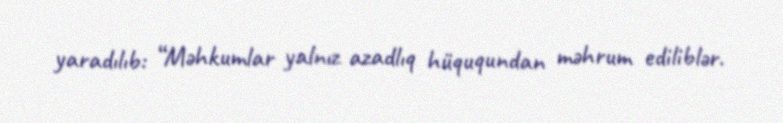
yaradılıb: “Məhkumlar yalnız azadlıq hüququndan məhrum ediliblər.